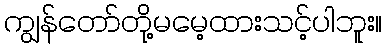
ကျွန်တော်တို့မမေ့ထားသင့်ပါဘူး။